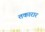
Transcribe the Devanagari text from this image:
तकारार